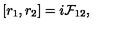
[ r _ { 1 } , r _ { 2 } ] = i { \cal F } _ { 1 2 } ,